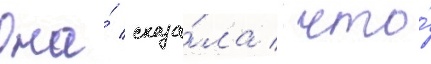
Она́ сказа́ла / что́